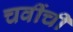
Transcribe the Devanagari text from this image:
चवींची